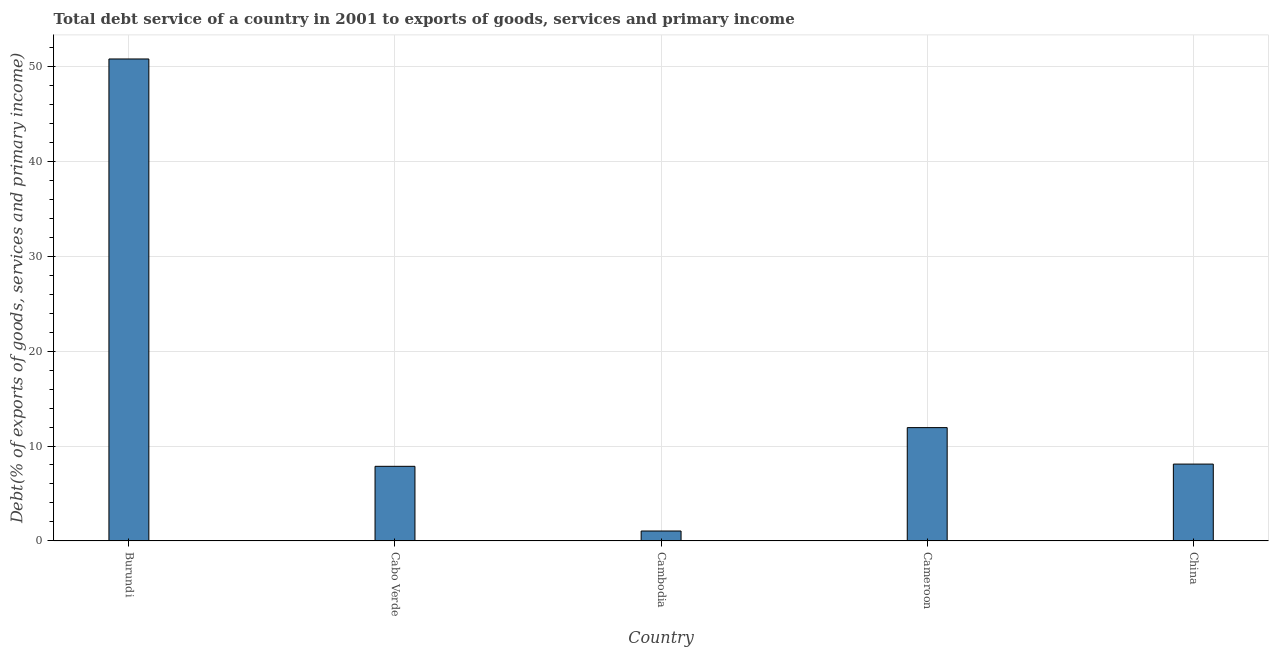
| Country | Total debt service |
 | --- | --- |
 | Burundi | 50.8 |
 | Cabo Verde | 7.86 |
 | Cambodia | 1.04 |
 | Cameroon | 11.9 |
 | China | 8.09 |